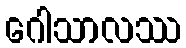
ဂေါသာလဿ